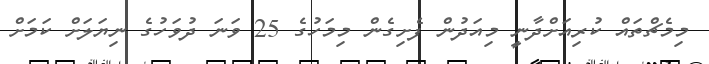
މިމެޗްތައް ކުރިއަށްދާނީ މިއަދުން ފެށިގެން މިމަހުގެ 25 ވަނަ ދުވަހުގެ ނިޔަލަށް ކަމަށް